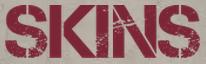
SKINS